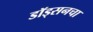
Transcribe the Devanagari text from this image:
डॉड्सनचा